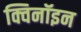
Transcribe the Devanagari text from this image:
क्विनॉइन